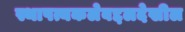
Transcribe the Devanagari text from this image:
स्थापत्यकलेबद्दलदेखील